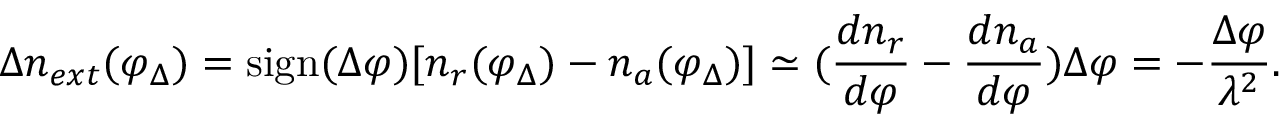
\Delta n _ { e x t } ( \varphi _ { \Delta } ) = \mathrm { s i g n } ( \Delta \varphi ) [ n _ { r } ( \varphi _ { \Delta } ) - n _ { a } ( \varphi _ { \Delta } ) ] \simeq ( { \frac { d n _ { r } } { d \varphi } } - { \frac { d n _ { a } } { d \varphi } } ) \Delta \varphi = - { \frac { \Delta \varphi } { \lambda ^ { 2 } } } .